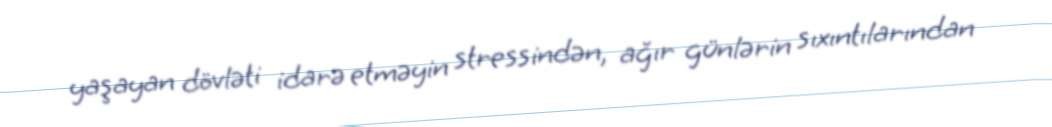
yaşayan dövləti idarə etməyin stressindən, ağır günlərin sıxıntılarından